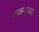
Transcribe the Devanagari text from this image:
तकनाका